Annual report on the working of the mental hospitals in the Madras Presidency - 1912-1932
Year: 1912
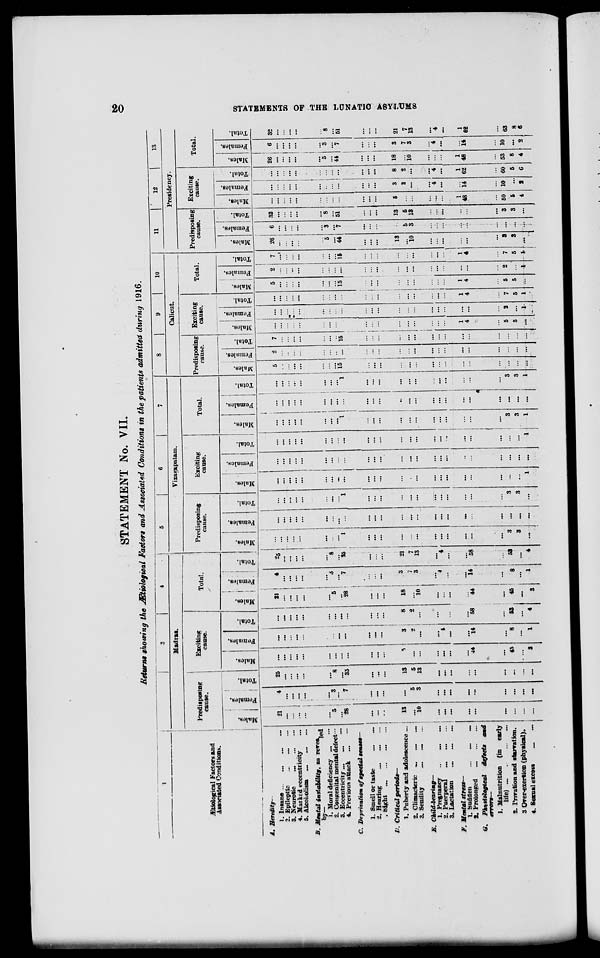
20
STATEMENTS OF THE LUNATIC ASYLUMS
STATEMENT No. VII.
Returns showing the Ætiological Factors and Associated Conditions in the patients admitted during 1916.
1
Ætiological Factors and
Associated Conditions.
A. Heredity—
1. Insane ... ... ... ...
2.
Epileptic
...
...
...
3. Neurotic
...
...
...
4. Marked eccentricity ...
5. Alcoholism ...
...
...
B. Mental instability, as revealed
by—
1. Moral deficiency ... ...
2. Congenital mental defect ...
3. Eccentricity ... ... ...
4. Previous attack
... ...
C. Deprivation of special senses—
1. Smell or taste ... ...
2. Hearing ... ... ...
3. Sight
...
...
...
...
D. Critical periods—
1. Puberty and adolescence ...
2. Climacteric
...
...
...
3. Senility
... ... ...
E.
Child-bearing—
1.
Pregnancy
... ... ...
2. Puerperal
...
...
...
3. Lactation ... ... ...
F. Mental stress—
1. Sudden
...
...
...
2. Prolonged
...
...
...
G. Physiological defects
and
errors—
1. Malnutrition (in early
life)
...
...
...
...
2. Privation and starvation.
3. Over-exertion (physical).
4. Sexual excess ... ...
2
3
4
Madras.
Predisposing
cause.
Males.
21
...
...
...
...
...
5
...
28
...
...
...
13
... 10
...
...
...
...
...
...
...
...
...
Females.
4
...
...
...
...
...
3
...
7
...
...
...
...
5
3
...
...
...
...
...
...
...
...
...
Total.
25
...
...
...
...
...
8
...
35
...
...
...
13
5
13
...
...
...
...
...
...
...
...
...
Exciting
cause.
Males.
...
...
...
...
...
...
...
...
...
...
...
...
5
...
...
...
...
...
...
44
...
45
...
3
Females.
...
...
...
...
...
...
...
...
...
...
...
...
3
2
...
...
4
...
...
14
...
8
...
1
Total.
...
...
...
...
...
...
...
...
...
...
...
...
8
2
...
...
4
...
...
58
...
53
...
4
Total.
Males.
21
...
...
...
...
...
5
...
28
...
...
...
18
...
10
...
...
...
...
44
...
45
...
3
Females.
4
...
...
...
...
...
3
...
7
...
...
...
3
7
3
...
4
...
...
14
...
8
...
1
Total.
25
...
...
...
...
...
8
...
35
...
...
...
21
7
13
...
4
...
...
58
...
53
...
4
5
6
7
Vizagapatam.
Predisposing
cause.
Males.
...
...
...
...
...
...
...
...
1
...
...
...
...
...
...
...
...
...
...
...
...
3
3
...
Females.
...
...
...
...
...
...
...
...
...
...
...
...
...
...
...
...
...
...
...
...
...
...
...
...
Total.
...
...
...
...
...
...
...
...
1
...
...
...
...
...
...
...
...
...
...
...
...
3
3
...
Exciting
cause.
Males.
...
...
...
...
...
...
...
...
...
...
...
...
...
...
...
...
...
...
...
...
...
...
...
1
Females.
...
...
...
...
...
...
...
...
...
...
...
...
...
...
...
...
...
...
...
...
...
...
...
...
Total.
...
...
...
...
...
...
...
...
...
...
...
...
...
...
...
...
...
...
...
...
...
...
...
1
Total.
Males.
...
...
...
...
...
...
...
...
1
...
...
...
...
...
...
...
...
...
...
...
...
3
3
1
Females.
...
...
...
...
...
...
...
...
...
...
...
...
...
...
...
...
...
...
...
...
...
...
...
...
Total.
...
...
...
...
...
...
...
...
1
...
...
...
...
...
...
...
...
...
...
...
...
3
3
1
8
9
10
Calicut.
Predisposing
cause.
Males.
5
...
...
...
...
...
...
...
15
...
...
...
...
...
...
...
...
...
...
...
...
...
...
...
Females.
2
...
...
...
...
...
...
...
...
...
...
...
...
...
...
...
...
...
...
...
...
...
...
...
Total.
7
...
...
...
...
...
...
...
15
...
...
...
...
...
...
...
...
...
...
...
...
...
...
...
Exciting
cause.
Males.
...
...
...
...
...
...
...
...
...
...
...
...
...
...
...
...
...
...
1
4
...
5
5
...
Females.
...
...
...
...
...
...
...
...
...
...
...
...
...
...
...
...
...
...
...
...
...
2
...
1
Total.
...
...
...
...
...
...
...
...
...
...
...
...
...
...
...
...
...
...
1
4
...
7
5
1
Total.
Males.
5
...
...
...
...
...
...
...
15
...
...
...
...
...
...
...
...
...
1
4
...
5
5
...
Females.
2
...
...
...
...
...
...
...
...
...
...
...
...
...
...
...
...
...
...
...
...
2
...
4
Total.
7
...
...
...
...
...
...
...
15
...
...
...
...
...
...
...
...
...
1
4
...
7
5
4
11
12
13
Presidency.
Predisposing
cause.
Males.
26
...
...
...
...
...
5
...
44
...
...
...
13
...
10
...
...
...
...
...
...
3
3
...
Females.
6
...
...
...
...
...
3
...
7
...
...
...
...
5
3
...
...
...
...
...
...
...
...
...
Total.
32
...
...
...
...
...
8
...
51
...
...
...
13
5
13
...
...
...
...
...
...
3
3
...
Exciting
cause.
Males.
...
...
...
...
...
...
...
...
...
...
...
...
5
...
...
...
...
...
1
48
...
50
5
4
Females.
...
...
...
...
...
...
...
...
...
...
...
...
3
2
...
...
4
...
...
14
...
10
...
2
Total.
...
...
...
...
...
...
...
...
...
...
...
...
8
2
...
...
4
...
1
62
...
60
5
6
Total.
Males.
26
...
...
...
...
...
5
...
44
...
...
...
18
...
10
...
...
...
1
48
...
53
8
4
Females.
6
...
...
...
...
...
3
...
7
...
...
...
3
7
3
...
4
...
...
14
...
10
...
2
Total.
32
...
...
...
...
...
8
...
51
...
...
...
21
7
13
...
4
...
1
62
...
63
8
6